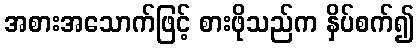
အစားအသောက်ဖြင့် စားဖိုသည်က နှိပ်စက်၍